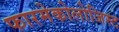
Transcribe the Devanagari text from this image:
फारमेकोलोजिस्ट